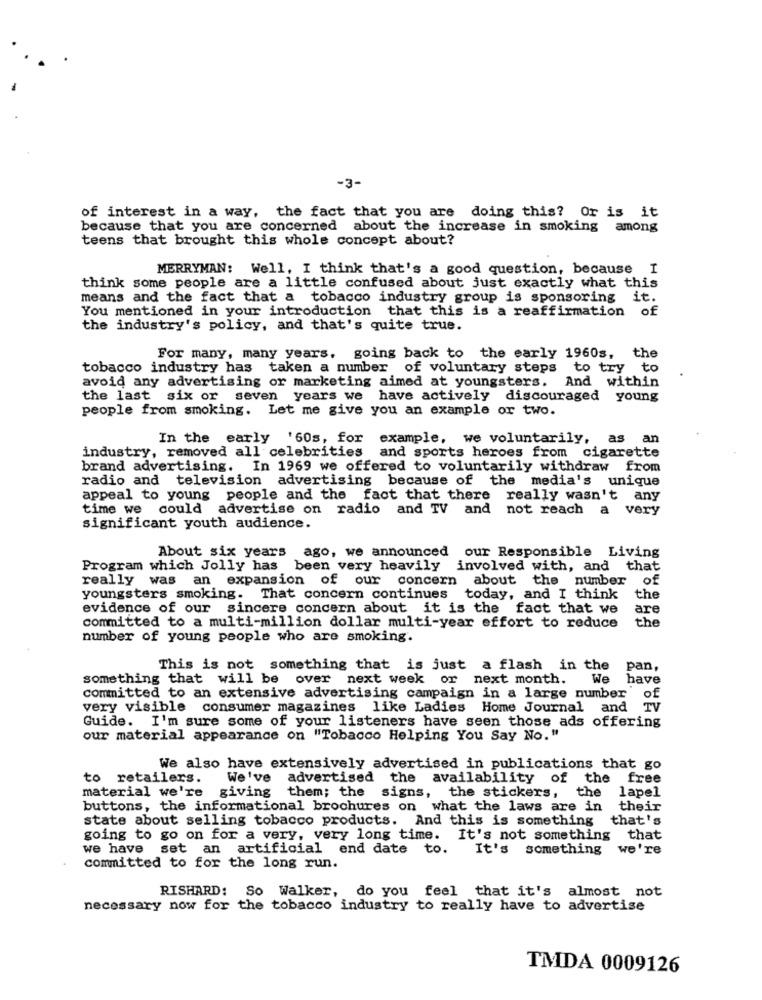
-3-
of interest in a way, the fact that you are doing this? Or is it
because that you are concerned about the increase in smoking among
teens that brought this whole concept about?
MERRYMAN: Well, I think that's a good question, because I
think some people are a little confused about just exactly what this
means and the fact that a tobacco industry group is sponsoring it.
You mentioned in your introduction that this is a reaffirmation of
the industry's policy, and that's quite true.
For many, many years, going back to the early 1960s, the
tobacco industry has taken a number of voluntary steps to try to
avoid any advertising or marketing aimed at youngsters.
And within
the last six or seven years we have actively
discouraged young
people from smoking. Let me give you an example or two.
In the early '60s, for
example, we voluntarily, as an
industry, removed all celebrities and sports heroes from cigarette
brand advertising. In 1969 we offered to voluntarily withdraw from
radio and television advertising because of the media's unique
appeal to young people and the fact that there really wasn't any
time we could advertise on radio and TV and
not reach a very
significant youth audience.
About six years ago, we announced our Responsible Living
Program which Jolly has been very heavily involved with, and that
really was an expansion of our concern about the number of
youngsters smoking. That concern continues today, and I think
the
evidence of our sincere concern about it is the fact that we
are
the
committed to a multi-million dollar multi-year effort to reduce
number of young people who are smoking.
This is not something that is just a flash in the pan,
something that will be over next week or next month.
We
have
committed to an extensive advertising campaign in a large number of
very visible consumer magazines like Ladies Home Journal and TV
Guide. I'm sure some of your listeners have seen those ads offering
our material appearance on "Tobacco Helping You Say No. "
We also have extensively advertised in publications that go
to retailers.
We've advertised the availability of the free
material we're
giving
them; the signs, the stickers, the lapel
buttons, the informational brochures on what the laws are in their
state about selling tobacco products. And this is something
that's
going to go on for a very, very long time. It's not something that
we have set an artificial end date to.
It's something
we're
committed to for the long run.
RISHARD: So Walker, do you feel that it's almost not
necessary now for the tobacco industry to really have to advertise
TMDA 0009126